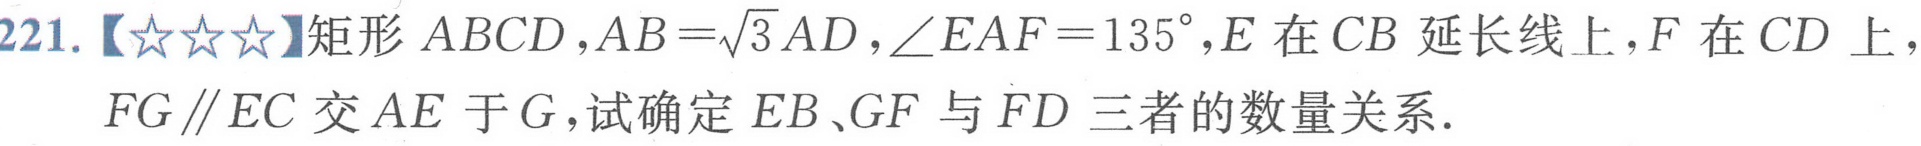
221.【★★★】矩形 \(ABCD\)，\(AB = \sqrt{3}AD\)，\(\angle EAF = 135^{\circ}\)，\(E\) 在 \(CB\) 延长线上，\(F\) 在 \(CD\) 上，
\(FG\parallel EC\) 交 \(AE\) 于 \(G\)，试确定 \(EB\)、\(GF\) 与 \(FD\) 三者的数量关系．